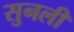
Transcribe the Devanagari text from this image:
सुनली